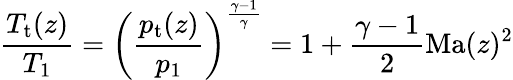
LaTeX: \frac{T_{\mathrm{t}}(z)}{T_{1}}=\left(\frac{p_{\mathrm{t}}(z)}{p_{1}}\right)^{\frac{\gamma-1}{\gamma}}=1+\frac{\gamma-1}{2}\mathrm{Ma}(z)^{2}